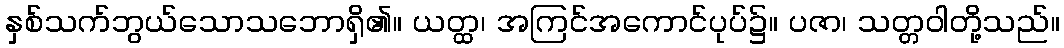
နှစ်သက်ဘွယ်သောသဘောရှိ၏။ ယတ္ထ၊ အကြင်အကောင်ပုပ်၌။ ပဇာ၊ သတ္တဝါတို့သည်။